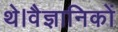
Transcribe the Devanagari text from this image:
थे।वैज्ञानिकों